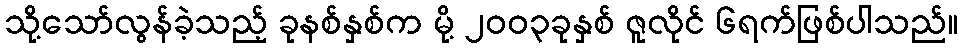
သို့သော်လွန်ခဲ့သည့် ခုနစ်နှစ်က မို့ ၂၀၀၃ခုနှစ် ဇူလိုင် ၆ရက်ဖြစ်ပါသည်။